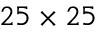
2 5 \times 2 5